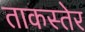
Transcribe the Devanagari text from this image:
ताकस्तेर